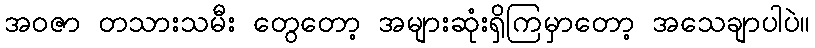
အဝဇာ တသားသမီး တွေတော့ အများဆုံးရှိကြမှာတော့ အသေချာပါပဲ။